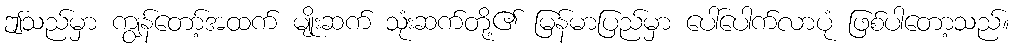
ဤသည်မှာ ကျွန်တော့်အထက် မျိုးဆက် သုံးဆက်တို့၏ မြန်မာပြည်မှာ ပေါ်ပေါက်လာပုံ ဖြစ်ပါတော့သည်။